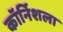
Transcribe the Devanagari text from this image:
कॉर्निशला